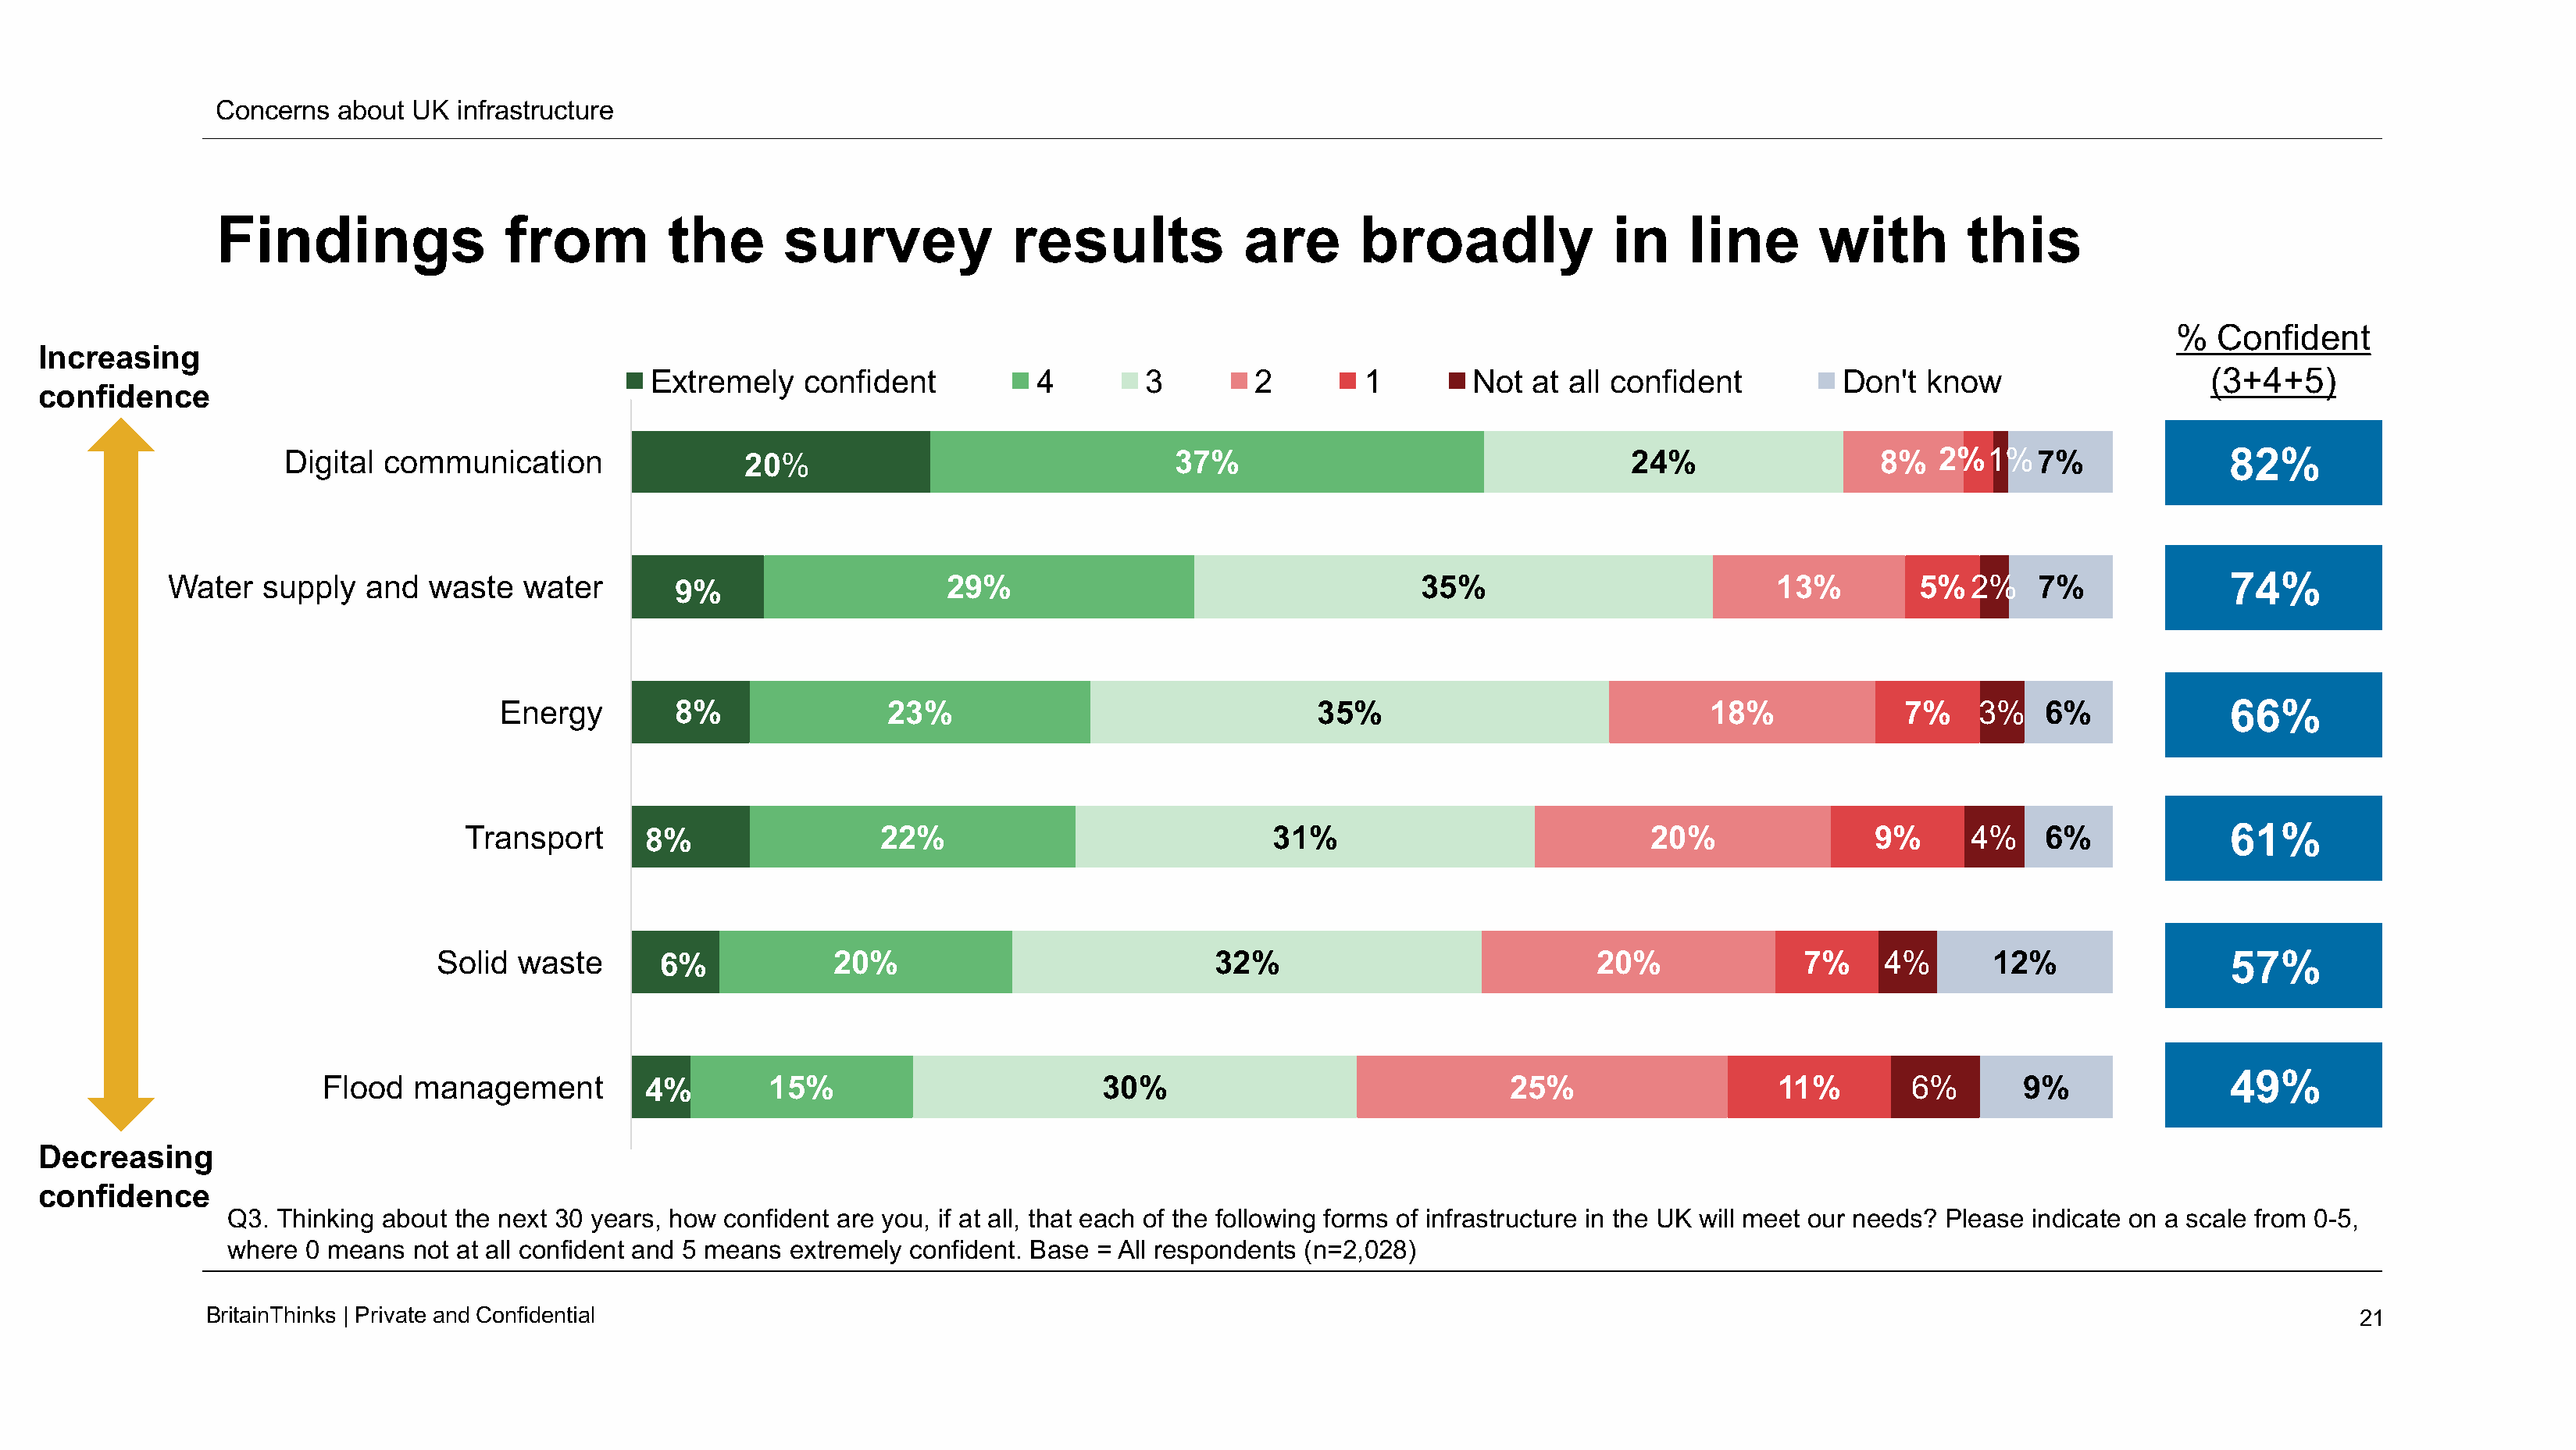
Concerns   about UK  infrastructure
 Findings                 from          the      survey              results            are       broadly               in    line       with         this
 %   Confident
 Increasing
 Extremely    confident           4        3        2         1        Not  at all confident          Don't  know                    (3+4+5)
 confidence
 Digital  communication                 20%                                  37%                                   24%                  8%   2%1%7%                   82%
 Water   supply   and  waste   water        9%                     29%                                     35%                            13%         5%2%      7%              74%
 Energy         8%                23%                                  35%                              18%             7%     3%   6%              66%
 Transport       8%                  22%                              31%                             20%                9%      4%    6%              61%
 Solid  waste       6%             20%                             32%                             20%               7%     4%       12%                 57%
 49%
 Flood   management          4%        15%                         30%                                25%                    11%        6%       9%
 Decreasing
 confidence
 Q3. Thinking about  the next 30 years, how confident are you, if at all, that each of the following forms of infrastructure in the UK will meet our needs? Please indicate on a scale from 0-5,
 where  0 means  not at all confident and 5 means extremely confident. Base = All respondents (n=2,028)
 BritainThinks | Private andConfidential                                                                                                                                                21